Indian journal of veterinary science and animal husbandry - Volumes 24-25, 1954-1955
Year: 1954
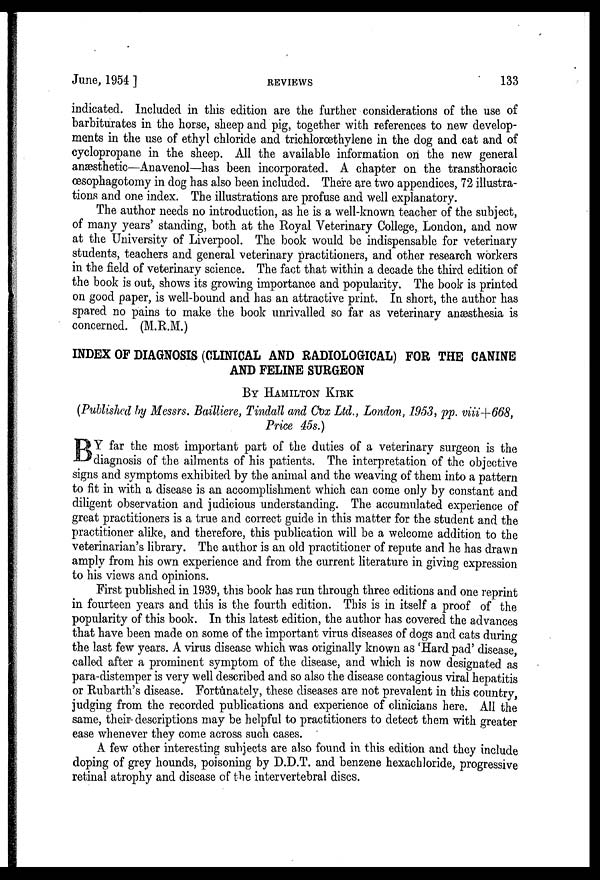
June, 1954 ]
REVIEWS
133
indicated. Included in this edition are the further considerations of the use of
barbiturates in the horse, sheep and pig, together with references to new develop-
ments in the use of ethyl chloride and trichlorœthylene in the dog and cat and of
cyclopropane in the sheep. All the available information on the new general
anæsthetic—Anavenol—has been incorporated. A chapter on the transthoracic
œsophagotomy in dog has also been included. There are two appendices, 72 illustra-
tions and one index. The illustrations are profuse and well explanatory.
The author needs no introduction, as he is a well-known teacher of the subject,
of many years' standing, both at the Royal Veterinary College, London, and now
at the University of Liverpool. The book would be indispensable for veterinary
students, teachers and general veterinary practitioners, and other research workers
in the field of veterinary science. The fact that within a decade the third edition of
the book is out, shows its growing importance and popularity. The book is printed
on good paper, is well-bound and has an attractive print. In short, the author has
spared no pains to make the book unrivalled so far as veterinary anæsthesia is
concerned. (M.R.M.)
INDEX OF DIAGNOSIS (CLINICAL AND RADIOLOGICAL) FOR THE CANINE
AND FELINE SURGEON
BY HAMILTON KIRK
(Published by Messrs. Bailliere, Tindall and Cox Ltd., London, 1953, pp. viii+668,
Price 45s.)
B Y far the most important part of the duties of a veterinary surgeon is the
diagnosis of the ailments of his patients. The interpretation of the objective
signs and symptoms exhibited by the animal and the weaving of them into a pattern
to fit in with a disease is an accomplishment which can come only by constant and
diligent observation and judicious understanding. The accumulated experience of
great practitioners is a true and correct guide in this matter for the student and the
practitioner alike, and therefore, this publication will be a welcome addition to the
veterinarian's library. The author is an old practitioner of repute and he has drawn
amply from his own experience and from the current literature in giving expression
to his views and opinions.
First published in 1939, this book has run through three editions and one reprint
in fourteen years and this is the fourth edition. This is in itself a proof of the
popularity of this book. In this latest edition, the author has covered the advances
that have been made on some of the important virus diseases of dogs and cats during
the last few years. A virus disease which was originally known as 'Hard pad' disease,
called after a prominent symptom of the disease, and which is now designated as
para-distemper is very well described and so also the disease contagious viral hepatitis
or Rubarth's disease. Fortunately, these diseases are not prevalent in this country,
judging from the recorded publications and experience of clinicians here. All the
same, their descriptions may be helpful to practitioners to detect them with greater
ease whenever they come across such cases.
A few other interesting subjects are also found in this edition and they include
doping of grey hounds, poisoning by D.D.T. and benzene hexachloride, progressive
retinal atrophy and disease of the intervertebral discs.